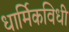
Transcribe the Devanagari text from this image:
धार्मिकविधी